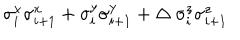
LaTeX: \sigma _ { i } ^ { x } \sigma _ { i + 1 } ^ { x } + \sigma _ { i } ^ { y } \sigma _ { i + 1 } ^ { y } + \Delta ~ \sigma _ { i } ^ { z } \sigma _ { i + 1 } ^ { z }